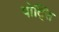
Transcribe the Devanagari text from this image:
पोट्सि